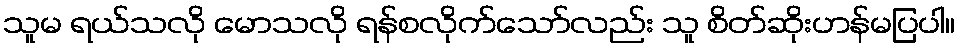
သူမ ရယ်သလို မောသလို ရန်စလိုက်သော်လည်း သူ စိတ်ဆိုးဟန်မပြပါ။